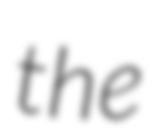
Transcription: the